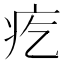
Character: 疙